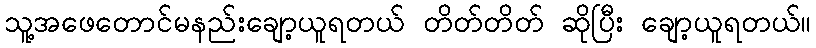
သူ့အဖေတောင်မနည်းချော့ယူရတယ် တိတ်တိတ် ဆိုပြီး ချော့ယူရတယ်။